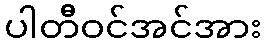
ပါတီဝင်အင်အား